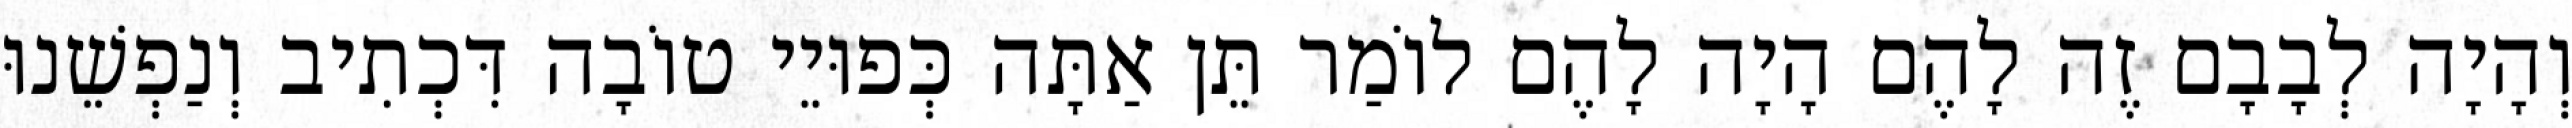
וְהָיָה לְבָבָם זֶה לָהֶם הָיָה לָהֶם לוֹמַר תֵּן אַתָּה כְּפוּיֵי טוֹבָה דִּכְתִיב וְנַפְשֵׁנוּ